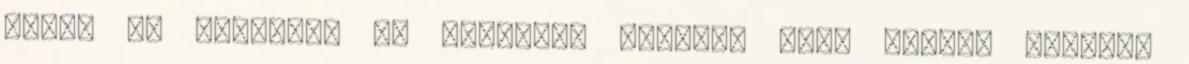
bogár és falevél. Ha bölcsebb lennék, mint milyen vagyok,